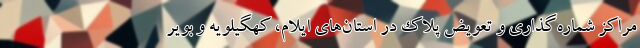
مراکز شماره‌گذاری و تعویض پلاک در استان‌های ایلام، کهگیلویه و بویر